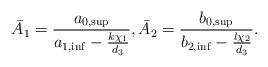
LaTeX: \begin{align*}\bar A_1= \frac{a_{0,\sup}}{a_{1,\inf}-\frac{k\chi_1}{d_3}},\bar A_2=\frac{b_{0,\sup}}{b_{2,\inf}-\frac{l\chi_2}{d_3}}.\end{align*}